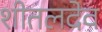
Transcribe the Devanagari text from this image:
शीतलदेव